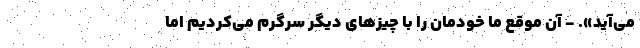
می‌آید». - آن موقع ما خودمان را با چیزهای دیگر سرگرم می‌کردیم اما